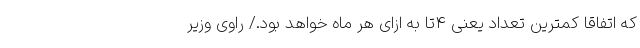
که اتفاقا کمترین تعداد یعنی ۴تا به ازای هر ماه خواهد بود./ راوی وزیر